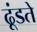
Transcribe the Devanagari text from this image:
ढूंडते